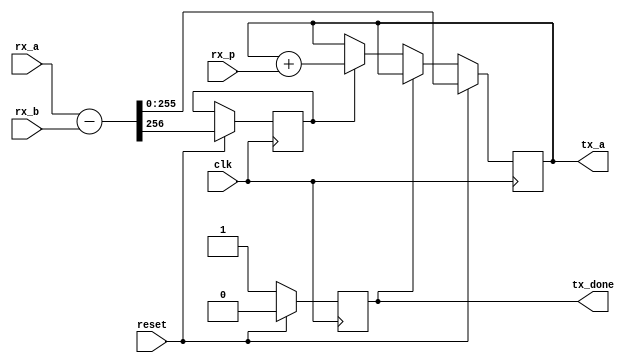
module ff_sub (
	input clk,
	input reset,
	input [255:0] rx_a,
	input [255:0] rx_b,
	input [255:0] rx_p,
	output reg tx_done = 1'b0,
	output reg [255:0] tx_a = 256'd0
);

	reg carry;

	always @ (posedge clk)
	begin
		if (!tx_done)
		begin
			if (carry)
				tx_a <= tx_a + rx_p;
			tx_done <= 1'b1;
		end

		if (reset)
		begin
			{carry, tx_a} <= rx_a - rx_b;
			tx_done <= 1'b0;
		end
	end

endmodule